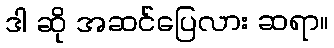
ဒါ ဆို အဆင်ပြေလား ဆရာ။